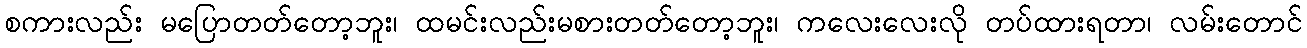
စကားလည်း မပြောတတ်တော့ဘူး၊ ထမင်းလည်းမစားတတ်တော့ဘူး၊ ကလေးလေးလို တပ်ထားရတာ၊ လမ်းတောင်